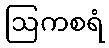
ဩကစရံ